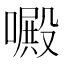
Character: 𠿍